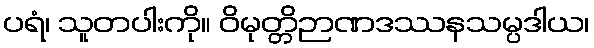
ပရံ၊ သူတပါးကို။ ဝိမုတ္တိဉာဏဒဿနသမ္ပဒါယ၊